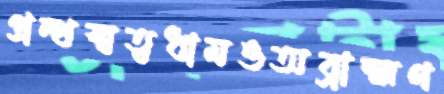
গ্রন্থস্বত্বধামওঅব্রাহ্মণ